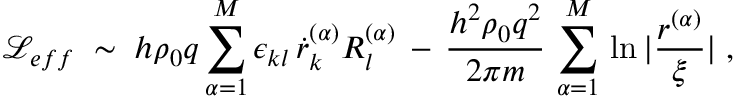
{ \mathcal L } _ { e f f } \; \sim \; h \rho _ { 0 } q \sum _ { \alpha = 1 } ^ { M } \epsilon _ { k l } \, \dot { r } _ { k } ^ { ( \alpha ) } R _ { l } ^ { ( \alpha ) } \, - \, \frac { h ^ { 2 } \rho _ { 0 } q ^ { 2 } } { 2 \pi m } \, \sum _ { \alpha = 1 } ^ { M } \, \ln | \frac { r ^ { ( \alpha ) } } { \xi } | \; ,